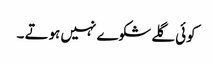
کوئی گلے شکوے نہیں ہوتے ۔